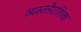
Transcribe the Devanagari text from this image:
व्यस्तत्रैराशिक